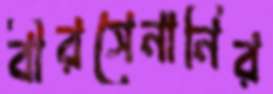
বীরসেনানির